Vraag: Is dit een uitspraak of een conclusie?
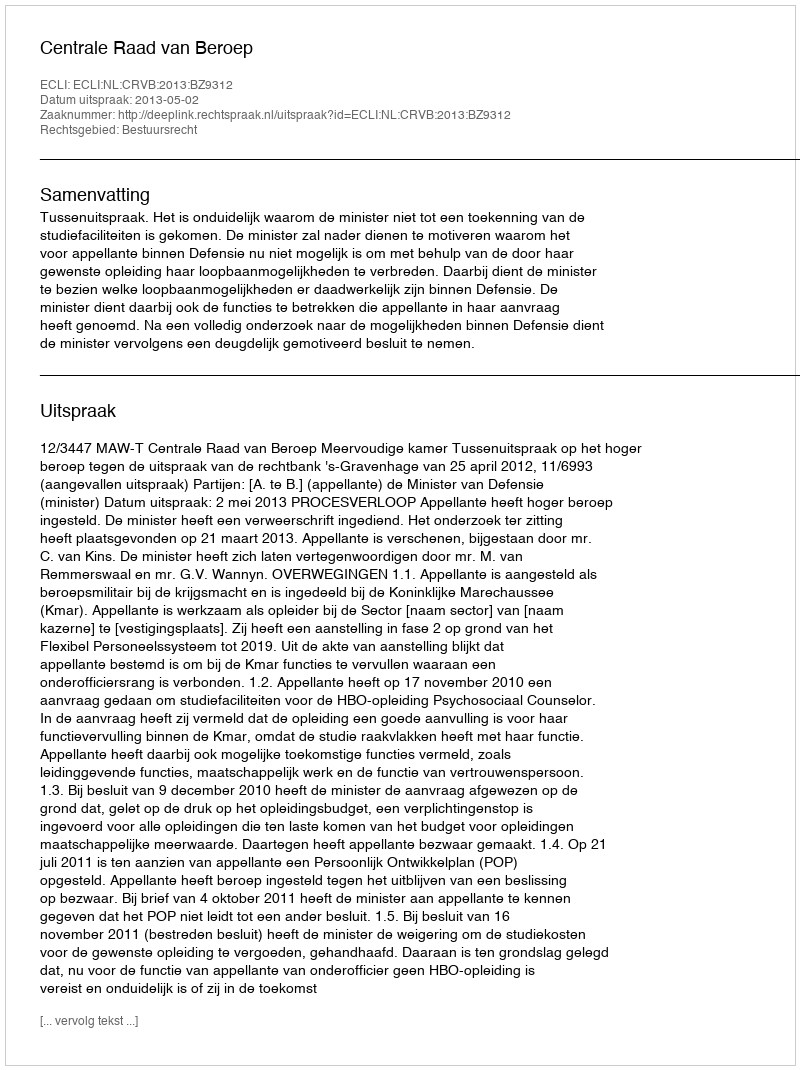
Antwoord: Uitspraak